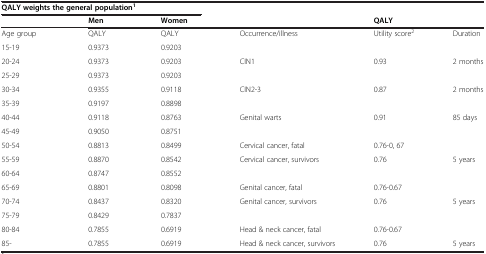
| <COLSPAN=3> QALY weights the general population1 |  |  |  |
 |  | Men | Women |  | <COLSPAN=2> QALY |
 | --- | --- | --- | --- | --- | --- |
 | Age group | QALY | QALY | Occurrence/illness | Utility score2 | Duration |
 | 15-19 | 0.9373 | 0.9203 |  |  |  |
 | 20-24 | 0.9373 | 0.9203 | CIN1 | 0.93 | 2 months |
 | 25-29 | 0.9373 | 0.9203 |  |  |  |
 | 30-34 | 0.9355 | 0.9118 | CIN2-3 | 0.87 | 2 months |
 | 35-39 | 0.9197 | 0.8898 |  |  |  |
 | 40-44 | 0.9118 | 0.8763 | Genital warts | 0.91 | 85 days |
 | 45-49 | 0.9050 | 0.8751 |  |  |  |
 | 50-54 | 0.8813 | 0.8499 | Cervical cancer, fatal | 0.76-0, 67 |  |
 | 55-59 | 0.8870 | 0.8542 | Cervical cancer, survivors | 0.76 | 5 years |
 | 60-64 | 0.8747 | 0.8552 |  |  |  |
 | 65-69 | 0.8801 | 0.8098 | Genital cancer, fatal | 0.76-0.67 |  |
 | 70-74 | 0.8437 | 0.8320 | Genital cancer, survivors | 0.76 | 5 years |
 | 75-79 | 0.8429 | 0.7837 |  |  |  |
 | 80-84 | 0.7855 | 0.6919 | Head & neck cancer, fatal | 0.76-0.67 |  |
 | 85- | 0.7855 | 0.6919 | Head & neck cancer, survivors | 0.76 | 5 years |